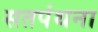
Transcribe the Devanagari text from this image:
सतपंथना